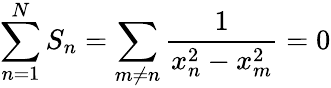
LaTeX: \sum_{n=1}^{N}S_{n}=\sum_{m\ne n}\frac{1}{x_{n}^{2}-x_{m}^{2}}=0